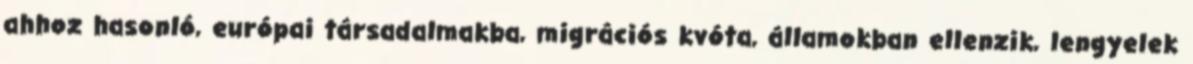
ahhoz hasonló, európai társadalmakba, migrációs kvóta, államokban ellenzik, lengyelek